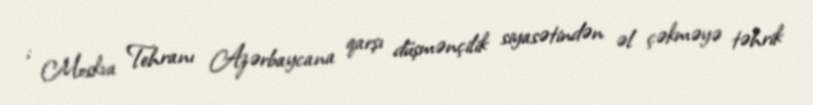
; Moskva Tehranı Azərbaycana qarşı düşmənçilik siyasətindən əl çəkməyə təhrik